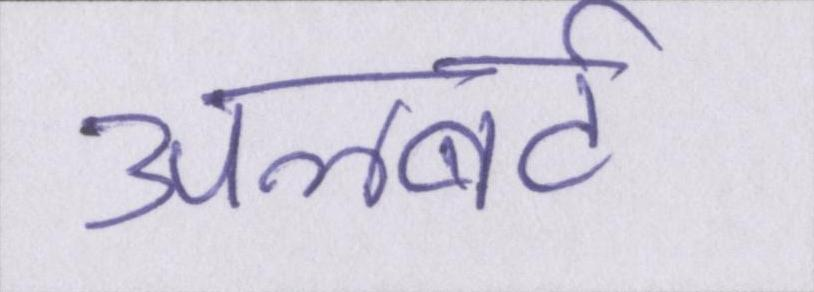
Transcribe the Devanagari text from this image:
अलबर्ट